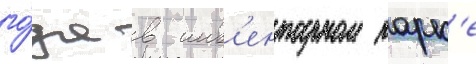
го́да в инв'ентарном парк'е